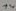
Text: 14